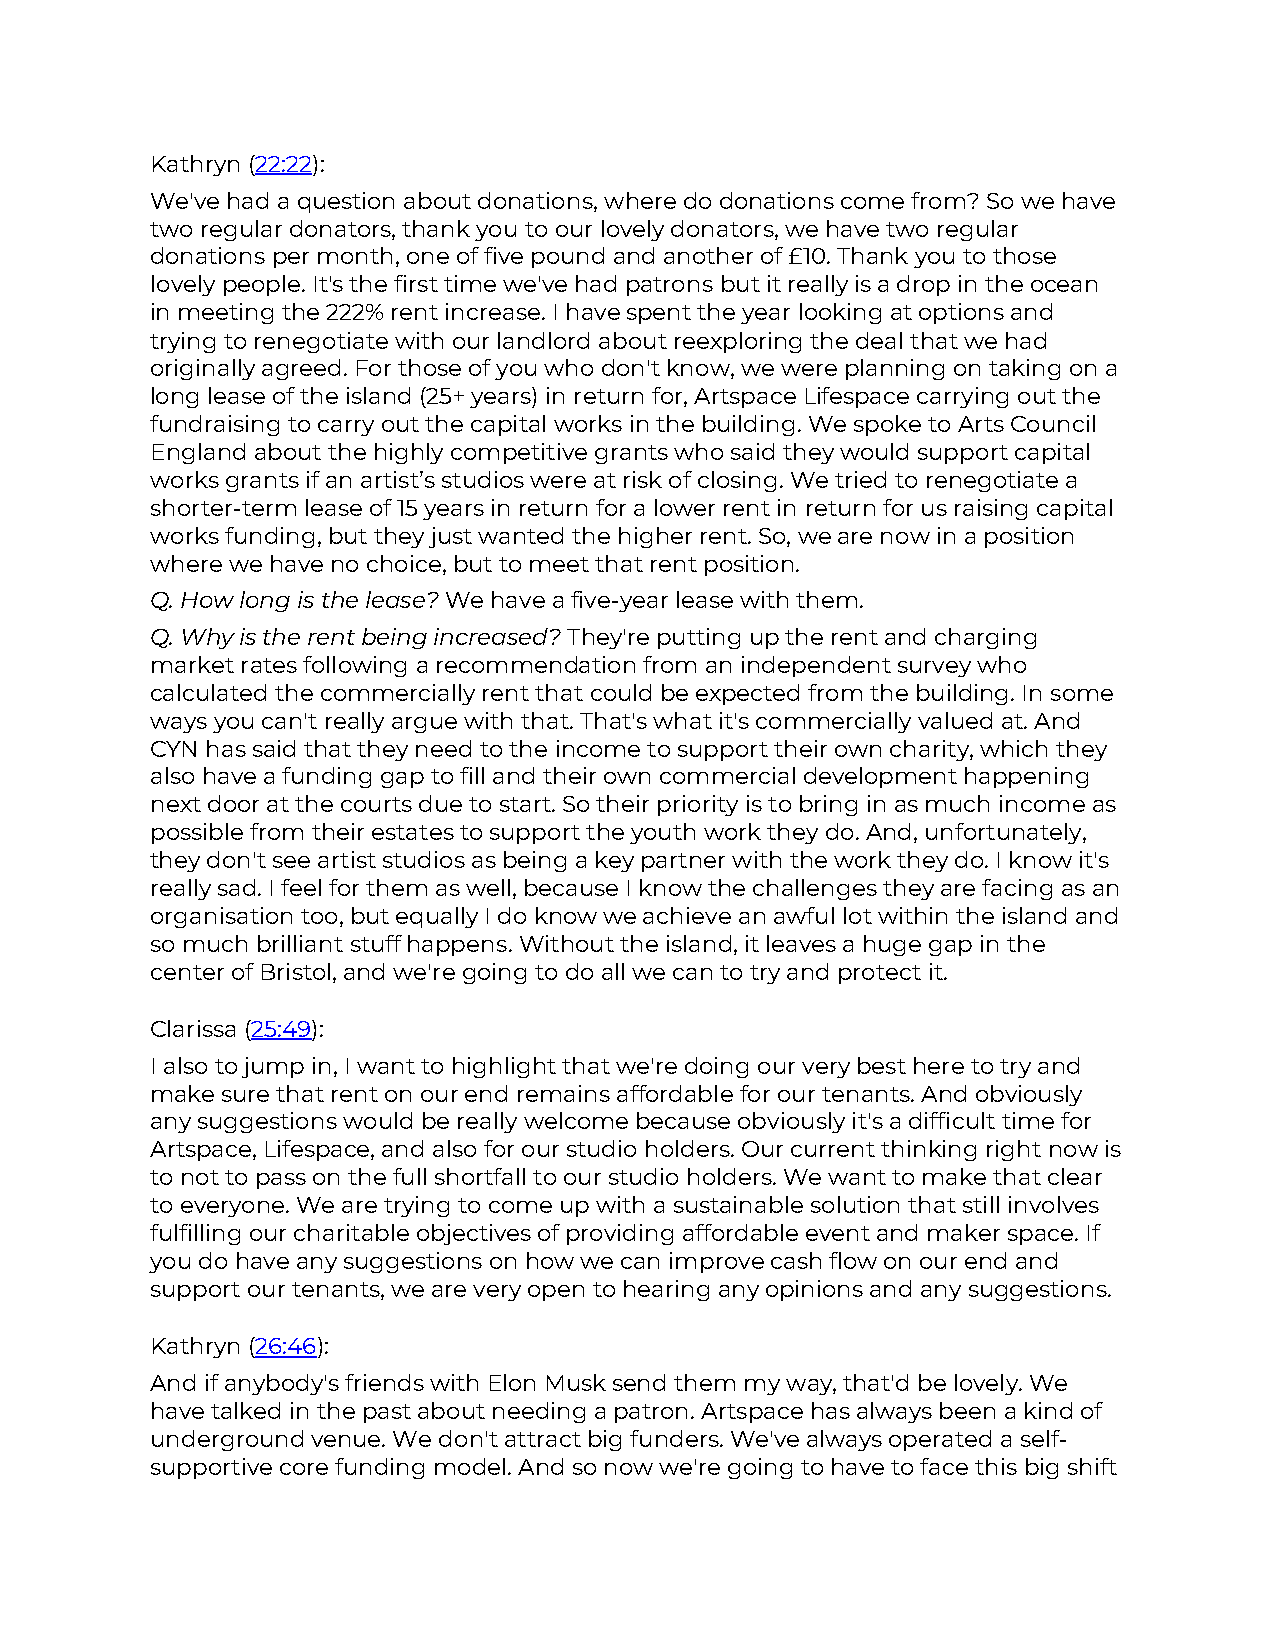
Kathryn (22:22):
 We've had a question about donations, where do donations come from? So we have
 two regular donators, thank you to our lovely donators, we have two regular
 donations per month, one of five pound and another of £10. Thank you to those
 lovely people. It's the first time we've had patrons but it really is a drop in the ocean
 in meeting the 222% rent increase. I have spent the year looking at options and
 trying to renegotiate with our landlord about reexploring the deal that we had
 originally agreed. For those of you who don't know, we were planning on taking on a
 long lease of the island (25+ years) in return for, Artspace Lifespace carrying out the
 fundraising to carry out the capital works in the building. We spoke to Arts Council
 England about the highly competitive grants who said they would support capital
 works grants if an artist’s studios were at risk of closing. We tried to renegotiate a
 shorter-term lease of 15 years in return for a lower rent in return for us raising capital
 works funding, but they just wanted the higher rent. So, we are now in a position
 where we have no choice, but to meet that rent position.
 Q. How long is the lease? We have a five-year lease with them.
 Q. Why is the rent being increased? They're putting up the rent and charging
 market rates following a recommendation from an independent survey who
 calculated the commercially rent that could be expected from the building. In some
 ways you can't really argue with that. That's what it's commercially valued at. And
 CYN has said that they need to the income to support their own charity, which they
 also have a funding gap to fill and their own commercial development happening
 next door at the courts due to start. So their priority is to bring in as much income as
 possible from their estates to support the youth work they do. And, unfortunately,
 they don't see artist studios as being a key partner with the work they do. I know it's
 really sad. I feel for them as well, because I know the challenges they are facing as an
 organisation too, but equally I do know we achieve an awful lot within the island and
 so much brilliant stuff happens. Without the island, it leaves a huge gap in the
 center of Bristol, and we're going to do all we can to try and protect it.
 Clarissa (25:49):
 I also to jump in, I want to highlight that we're doing our very best here to try and
 make sure that rent on our end remains affordable for our tenants. And obviously
 any suggestions would be really welcome because obviously it's a difficult time for
 Artspace, Lifespace, and also for our studio holders. Our current thinking right now is
 to not to pass on the full shortfall to our studio holders. We want to make that clear
 to everyone. We are trying to come up with a sustainable solution that still involves
 fulfilling our charitable objectives of providing affordable event and maker space. If
 you do have any suggestions on how we can improve cash flow on our end and
 support our tenants, we are very open to hearing any opinions and any suggestions.
 Kathryn (26:46):
 And if anybody's friends with Elon Musk send them my way, that'd be lovely. We
 have talked in the past about needing a patron. Artspace has always been a kind of
 underground venue. We don't attract big funders. We've always operated a self-
 supportive core funding model. And so now we're going to have to face this big shift